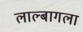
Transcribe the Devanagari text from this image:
लाल्बागला